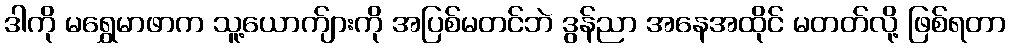
ဒါကို မရွှေမာဖာက သူ့ယောက်ျားကို အပြစ်မတင်ဘဲ ဒွန်ညာ အနေအထိုင် မတတ်လို့ ဖြစ်ရတာ